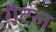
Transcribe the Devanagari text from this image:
गैटल